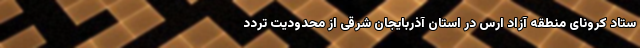
ستاد کرونای منطقه آزاد ارس در استان آذربایجان شرقی از محدودیت تردد